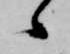
候